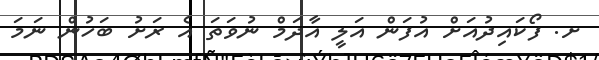
ށ. ފޯކައިދުއަށް އުފަން އަލީ އާދަމް ނުވަތަ އެ ރަށު ބަހުން ނަމަ